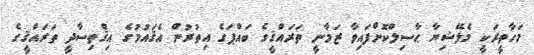
މަހާތީރަކީ މެލޭޝިޔާ ޙާސިލްކޮށްފައިވާ ޒަމާނީ ތަރައްޤީގެ ބައްޕަގެ އިތުރުން އެޤައުމުގެ އިޤްތިސާދީ ތަރައްޤީގެ